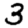
Digit: 3